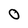
Character: 0